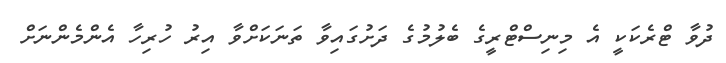
ދުވާ ޓްރެކަކީ އެ މިނިސްޓްރީގެ ބެލުމުގެ ދަށުގައިވާ ތަނަކަށްވާ އިރު ހުރިހާ އެންމެންނަށް